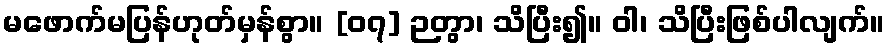
မဖောက်မပြန်ဟုတ်မှန်စွာ။ [၀၇] ဉတွာ၊ သိပြီး၍။ ဝါ၊ သိပြီးဖြစ်ပါလျက်။